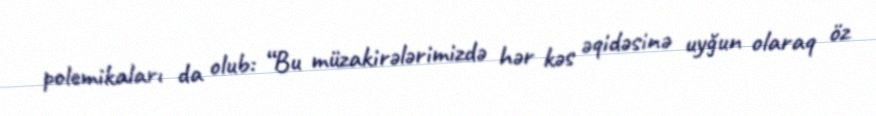
polemikaları da olub: “Bu müzakirələrimizdə hər kəs əqidəsinə uyğun olaraq öz